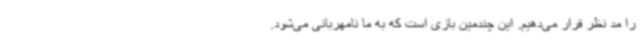
را مد نظر قرار می‌دهیم. این چندمین بازی است که به ما نامهربانی می‌شود.